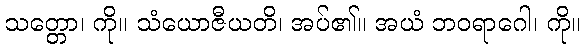
သတ္တော၊ ကို။ သံယောဇီယတိ၊ အပ်၏။ အယံ ဘဝရာဂေါ၊ ကို။